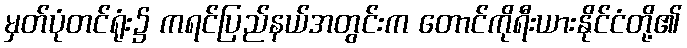
မှတ်ပုံတင်ရုံး၌ ကရင်ပြည်နယ်အတွင်းက တောင်ကိုရီးယားနိုင်ငံတို့၏